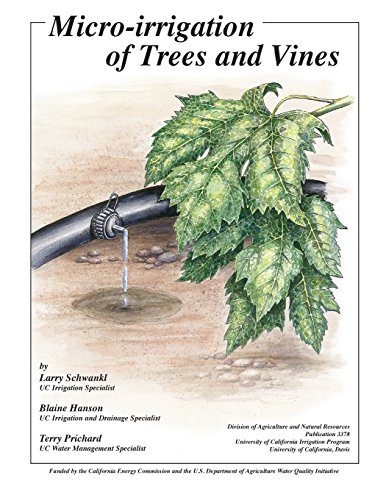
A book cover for Micro-Irrigation of Trees and Vines; Larry Schwankl; Science & Math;